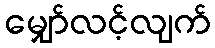
မျှော်လင့်လျက်